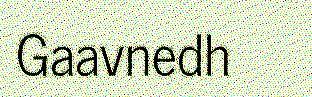
Gaavnedh